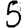
Digit: 5